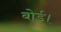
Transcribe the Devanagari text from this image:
बोर्ड।